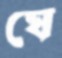
ঘে